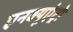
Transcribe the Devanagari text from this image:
एनक्यूएंट्रो